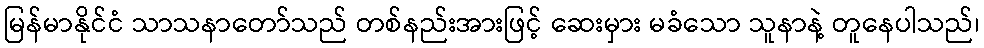
မြန်မာနိုင်ငံ သာသနာတော်သည် တစ်နည်းအားဖြင့် ဆေးမှား မခံသော သူနာနဲ့ တူနေပါသည်၊